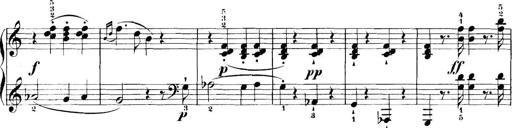
Title: 11 Sonatinas
Composer: Anton Diabelli